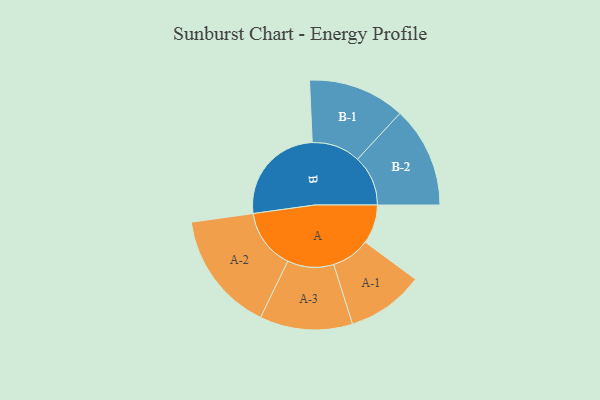
{"axis": {"x": "Segment", "y": "Value"}, "legend": ["", "A", "B"], "data": [{"x": "A", "y": 180, "type": ""}, {"x": "B", "y": 471, "type": ""}, {"x": "A-1", "y": 178, "type": "A"}, {"x": "A-2", "y": 278, "type": "A"}, {"x": "A-3", "y": 214, "type": "A"}, {"x": "B-1", "y": 224, "type": "B"}, {"x": "B-2", "y": 233, "type": "B"}]}